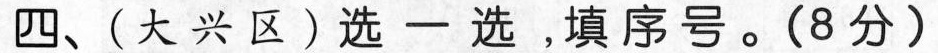
四、(大兴区)选一选，填序号。(8分)